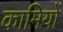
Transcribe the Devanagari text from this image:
कामियों